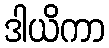
ဒါယိကာ